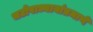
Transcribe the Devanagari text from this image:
चटोपाध्यायांप्रमाणे